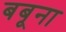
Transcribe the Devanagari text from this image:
बबूना